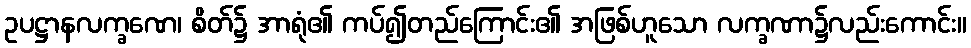
ဥပဋ္ဌာနလက္ခဏေ၊ စိတ်၌ အာရုံ၏ ကပ်၍တည်ကြောင်း၏ အဖြစ်ဟူသော လက္ခဏာ၌လည်းကောင်း။